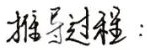
推导过程：